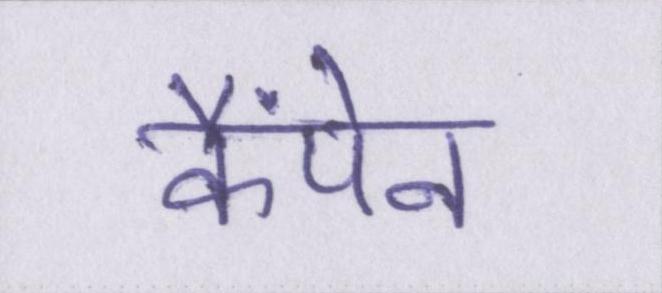
कैंपेन